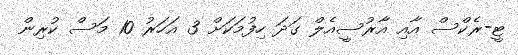
ޓީ-ރެކްސް އާއި އާރުސީއެލް ގަދަ ހިފުމަކަށް 3 އަހަރު 10 މަސް ކުރިން